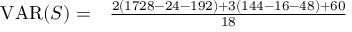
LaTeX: \begin{array} { r l } { \operatorname { V A R } ( S ) = } & { { } { \frac { 2 ( 1 7 2 8 - 2 4 - 1 9 2 ) + 3 ( 1 4 4 - 1 6 - 4 8 ) + 6 0 } { 1 8 } } } \end{array}